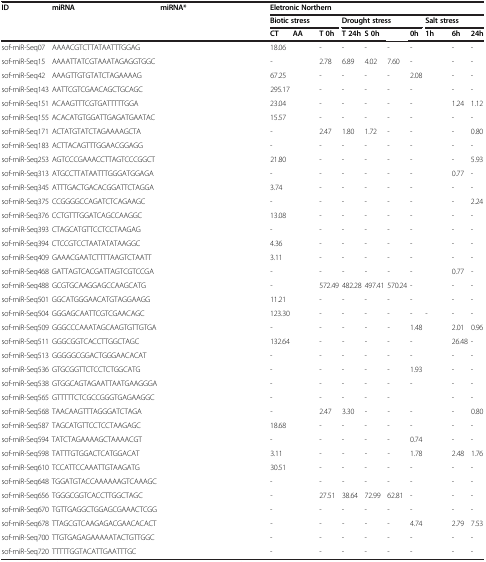
<table><thead><tr><td rowspan="3"><b>ID</b></td><td rowspan="3"><b>miRNA</b></td><td rowspan="3"><b>miRNA*</b></td><td colspan="10"><b>Eletronic Northern</b></td></tr><tr><td colspan="3"><b>Biotic stress</b></td><td colspan="4"><b>Drought stress</b></td><td colspan="3"><b>Salt stress</b></td></tr><tr><td><b>CT</b></td><td><b>AA</b></td><td><b>T 0h</b></td><td><b>T 24h</b></td><td><b>S 0h</b></td><td>[EMPTY_CELL]</td><td><b>0h</b></td><td><b>1h</b></td><td><b>6h</b></td><td><b>24h</b></td></tr></thead><tbody><tr><td>sof-miR-Seq07</td><td>AAAACGTCTTATAATTTGGAG</td><td>[EMPTY_CELL]</td><td>18.06</td><td>[EMPTY_CELL]</td><td>-</td><td>-</td><td>-</td><td>-</td><td>-</td><td>[EMPTY_CELL]</td><td>-</td><td>-</td></tr><tr><td>sof-miR-Seq15</td><td>AAAATTATCGTAAATAGAGGTGGC</td><td>[EMPTY_CELL]</td><td>-</td><td>[EMPTY_CELL]</td><td>2.78</td><td>6.89</td><td>4.02</td><td>7.60</td><td>-</td><td>[EMPTY_CELL]</td><td>-</td><td>-</td></tr><tr><td>sof-miR-Seq42</td><td>AAAGTTGTGTATCTAGAAAAG</td><td>[EMPTY_CELL]</td><td>67.25</td><td>[EMPTY_CELL]</td><td>-</td><td>-</td><td>-</td><td>-</td><td>2.08</td><td>[EMPTY_CELL]</td><td>-</td><td>-</td></tr><tr><td>sof-miR-Seq143</td><td>AATTCGTCGAACAGCTGCAGC</td><td>[EMPTY_CELL]</td><td>295.17</td><td>[EMPTY_CELL]</td><td>-</td><td>-</td><td>-</td><td>-</td><td>-</td><td>[EMPTY_CELL]</td><td>-</td><td>-</td></tr><tr><td>sof-miR-Seq151</td><td>ACAAGTTTCGTGATTTTTGGA</td><td>[EMPTY_CELL]</td><td>23.04</td><td>[EMPTY_CELL]</td><td>-</td><td>-</td><td>-</td><td>-</td><td>-</td><td>[EMPTY_CELL]</td><td>1.24</td><td>1.12</td></tr><tr><td>sof-miR-Seq155</td><td>ACACATGTGGATTGAGATGAATAC</td><td>[EMPTY_CELL]</td><td>15.57</td><td>[EMPTY_CELL]</td><td>-</td><td>-</td><td>-</td><td>-</td><td>-</td><td>[EMPTY_CELL]</td><td>-</td><td>-</td></tr><tr><td>sof-miR-Seq171</td><td>ACTATGTATCTAGAAAAGCTA</td><td>[EMPTY_CELL]</td><td>-</td><td>[EMPTY_CELL]</td><td>2.47</td><td>1.80</td><td>1.72</td><td>-</td><td>-</td><td>[EMPTY_CELL]</td><td>-</td><td>0.80</td></tr><tr><td>sof-miR-Seq183</td><td>ACTTACAGTTTGGAACGGAGG</td><td>[EMPTY_CELL]</td><td>-</td><td>[EMPTY_CELL]</td><td>-</td><td>-</td><td>-</td><td>-</td><td>-</td><td>[EMPTY_CELL]</td><td>-</td><td>-</td></tr><tr><td>sof-miR-Seq253</td><td>AGTCCCGAAACCTTAGTCCCGGCT</td><td>[EMPTY_CELL]</td><td>21.80</td><td>[EMPTY_CELL]</td><td>-</td><td>-</td><td>-</td><td>-</td><td>-</td><td>[EMPTY_CELL]</td><td>-</td><td>5.93</td></tr><tr><td>sof-miR-Seq313</td><td>ATGCCTTATAATTTGGGATGGAGA</td><td>[EMPTY_CELL]</td><td>-</td><td>[EMPTY_CELL]</td><td>-</td><td>-</td><td>-</td><td>-</td><td>-</td><td>[EMPTY_CELL]</td><td>0.77</td><td>-</td></tr><tr><td>sof-miR-Seq345</td><td>ATTTGACTGACACGGATTCTAGGA</td><td>[EMPTY_CELL]</td><td>3.74</td><td>[EMPTY_CELL]</td><td>-</td><td>-</td><td>-</td><td>-</td><td>-</td><td>[EMPTY_CELL]</td><td>-</td><td>-</td></tr><tr><td>sof-miR-Seq375</td><td>CCGGGGCCAGATCTCAGAAGC</td><td>[EMPTY_CELL]</td><td>-</td><td>[EMPTY_CELL]</td><td>-</td><td>-</td><td>-</td><td>-</td><td>-</td><td>[EMPTY_CELL]</td><td>-</td><td>2.24</td></tr><tr><td>sof-miR-Seq376</td><td>CCTGTTTGGATCAGCCAAGGC</td><td>[EMPTY_CELL]</td><td>13.08</td><td>[EMPTY_CELL]</td><td>-</td><td>-</td><td>-</td><td>-</td><td>-</td><td>[EMPTY_CELL]</td><td>-</td><td>-</td></tr><tr><td>sof-miR-Seq393</td><td>CTAGCATGTTCCTCCTAAGAG</td><td>[EMPTY_CELL]</td><td>-</td><td>[EMPTY_CELL]</td><td>-</td><td>-</td><td>-</td><td>-</td><td>-</td><td>[EMPTY_CELL]</td><td>-</td><td>-</td></tr><tr><td>sof-miR-Seq394</td><td>CTCCGTCCTAATATATAAGGC</td><td>[EMPTY_CELL]</td><td>4.36</td><td>[EMPTY_CELL]</td><td>-</td><td>-</td><td>-</td><td>-</td><td>-</td><td>[EMPTY_CELL]</td><td>-</td><td>-</td></tr><tr><td>sof-miR-Seq409</td><td>GAAACGAATCTTTTAAGTCTAATT</td><td>[EMPTY_CELL]</td><td>3.11</td><td>[EMPTY_CELL]</td><td>-</td><td>-</td><td>-</td><td>-</td><td>-</td><td>[EMPTY_CELL]</td><td>-</td><td>-</td></tr><tr><td>sof-miR-Seq468</td><td>GATTAGTCACGATTAGTCGTCCGA</td><td>[EMPTY_CELL]</td><td>-</td><td>[EMPTY_CELL]</td><td>-</td><td>-</td><td>-</td><td>-</td><td>-</td><td>[EMPTY_CELL]</td><td>0.77</td><td>-</td></tr><tr><td>sof-miR-Seq488</td><td>GCGTGCAAGGAGCCAAGCATG</td><td>[EMPTY_CELL]</td><td>-</td><td>[EMPTY_CELL]</td><td>572.49</td><td>482.28</td><td>497.41</td><td>570.24</td><td>-</td><td>[EMPTY_CELL]</td><td>-</td><td>-</td></tr><tr><td>sof-miR-Seq501</td><td>GGCATGGGAACATGTAGGAAGG</td><td>[EMPTY_CELL]</td><td>11.21</td><td>[EMPTY_CELL]</td><td>-</td><td>-</td><td>-</td><td>-</td><td>-</td><td>[EMPTY_CELL]</td><td>-</td><td>-</td></tr><tr><td>sof-miR-Seq504</td><td>GGGAGCAATTCGTCGAACAGC</td><td>[EMPTY_CELL]</td><td>123.30</td><td>[EMPTY_CELL]</td><td>-</td><td>-</td><td>-</td><td>-</td><td>-</td><td>-</td><td>-</td><td>-</td></tr><tr><td>sof-miR-Seq509</td><td>GGGCCCAAATAGCAAGTGTTGTGA</td><td>[EMPTY_CELL]</td><td>-</td><td>[EMPTY_CELL]</td><td>-</td><td>-</td><td>-</td><td>-</td><td>1.48</td><td>[EMPTY_CELL]</td><td>2.01</td><td>0.96</td></tr><tr><td>sof-miR-Seq511</td><td>GGGCGGTCACCTTGGCTAGC</td><td>[EMPTY_CELL]</td><td>132.64</td><td>[EMPTY_CELL]</td><td>-</td><td>-</td><td>-</td><td>-</td><td>-</td><td>[EMPTY_CELL]</td><td>26.48</td><td>-</td></tr><tr><td>sof-miR-Seq513</td><td>GGGGGCGGACTGGGAACACAT</td><td>[EMPTY_CELL]</td><td>-</td><td>[EMPTY_CELL]</td><td>-</td><td>-</td><td>-</td><td>-</td><td>-</td><td>[EMPTY_CELL]</td><td>-</td><td>-</td></tr><tr><td>sof-miR-Seq536</td><td>GTGCGGTTCTCCTCTGGCATG</td><td>[EMPTY_CELL]</td><td>-</td><td>[EMPTY_CELL]</td><td>-</td><td>-</td><td>-</td><td>-</td><td>1.93</td><td>[EMPTY_CELL]</td><td>-</td><td>-</td></tr><tr><td>sof-miR-Seq538</td><td>GTGGCAGTAGAATTAATGAAGGGA</td><td>[EMPTY_CELL]</td><td>-</td><td>[EMPTY_CELL]</td><td>-</td><td>-</td><td>-</td><td>-</td><td>-</td><td>[EMPTY_CELL]</td><td>-</td><td>-</td></tr><tr><td>sof-miR-Seq565</td><td>GTTTTTCTCGCCGGGTGAGAAGGC</td><td>[EMPTY_CELL]</td><td>-</td><td>[EMPTY_CELL]</td><td>-</td><td>-</td><td>-</td><td>-</td><td>[EMPTY_CELL]</td><td>[EMPTY_CELL]</td><td>-</td><td>-</td></tr><tr><td>sof-miR-Seq568</td><td>TAACAAGTTTAGGGATCTAGA</td><td>[EMPTY_CELL]</td><td>-</td><td>[EMPTY_CELL]</td><td>2.47</td><td>3.30</td><td>-</td><td>-</td><td>-</td><td>[EMPTY_CELL]</td><td>-</td><td>0.80</td></tr><tr><td>sof-miR-Seq587</td><td>TAGCATGTTCCTCCTAAGAGC</td><td>[EMPTY_CELL]</td><td>18.68</td><td>[EMPTY_CELL]</td><td>-</td><td>-</td><td>-</td><td>-</td><td>-</td><td>[EMPTY_CELL]</td><td>-</td><td>-</td></tr><tr><td>sof-miR-Seq594</td><td>TATCTAGAAAAGCTAAAACGT</td><td>[EMPTY_CELL]</td><td>-</td><td>[EMPTY_CELL]</td><td>-</td><td>-</td><td>-</td><td>-</td><td>0.74</td><td>[EMPTY_CELL]</td><td>-</td><td>-</td></tr><tr><td>sof-miR-Seq598</td><td>TATTTGTGGACTCATGGACAT</td><td>[EMPTY_CELL]</td><td>3.11</td><td>[EMPTY_CELL]</td><td>-</td><td>-</td><td>-</td><td>-</td><td>1.78</td><td>[EMPTY_CELL]</td><td>2.48</td><td>1.76</td></tr><tr><td>sof-miR-Seq610</td><td>TCCATTCCAAATTGTAAGATG</td><td>[EMPTY_CELL]</td><td>30.51</td><td>[EMPTY_CELL]</td><td>-</td><td>-</td><td>-</td><td>-</td><td>-</td><td>[EMPTY_CELL]</td><td>-</td><td>-</td></tr><tr><td>sof-miR-Seq648</td><td>TGGATGTACCAAAAAAGTCAAAGC</td><td>[EMPTY_CELL]</td><td>-</td><td>[EMPTY_CELL]</td><td>-</td><td>-</td><td>-</td><td>-</td><td>-</td><td>[EMPTY_CELL]</td><td>-</td><td>-</td></tr><tr><td>sof-miR-Seq656</td><td>TGGGCGGTCACCTTGGCTAGC</td><td>[EMPTY_CELL]</td><td>-</td><td>[EMPTY_CELL]</td><td>27.51</td><td>38.64</td><td>72.99</td><td>62.81</td><td>-</td><td>[EMPTY_CELL]</td><td>-</td><td>-</td></tr><tr><td>sof-miR-Seq670</td><td>TGTTGAGGCTGGAGCGAAACTCGG</td><td>[EMPTY_CELL]</td><td>-</td><td>[EMPTY_CELL]</td><td>-</td><td>-</td><td>-</td><td>-</td><td>-</td><td>[EMPTY_CELL]</td><td>-</td><td>-</td></tr><tr><td>sof-miR-Seq678</td><td>TTAGCGTCAAGAGACGAACACACT</td><td>[EMPTY_CELL]</td><td>-</td><td>[EMPTY_CELL]</td><td>-</td><td>-</td><td>-</td><td>-</td><td>4.74</td><td>[EMPTY_CELL]</td><td>2.79</td><td>7.53</td></tr><tr><td>sof-miR-Seq700</td><td>TTGTGAGAGAAAAATACTGTTGGC</td><td>[EMPTY_CELL]</td><td>-</td><td>[EMPTY_CELL]</td><td>-</td><td>-</td><td>-</td><td>-</td><td>-</td><td>[EMPTY_CELL]</td><td>-</td><td>-</td></tr><tr><td>sof-miR-Seq720</td><td>TTTTTGGTACATTGAATTTGC</td><td>[EMPTY_CELL]</td><td>-</td><td>[EMPTY_CELL]</td><td>-</td><td>-</td><td>-</td><td>-</td><td>-</td><td>[EMPTY_CELL]</td><td>-</td><td>-</td></tr></tbody></table>